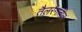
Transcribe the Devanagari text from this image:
तैलरंगातील